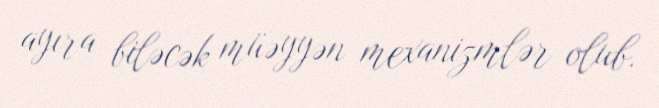
ayıra biləcək müəyyən mexanizmlər olub.